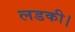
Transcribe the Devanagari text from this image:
लडकी।